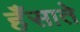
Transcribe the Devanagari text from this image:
हँसाते